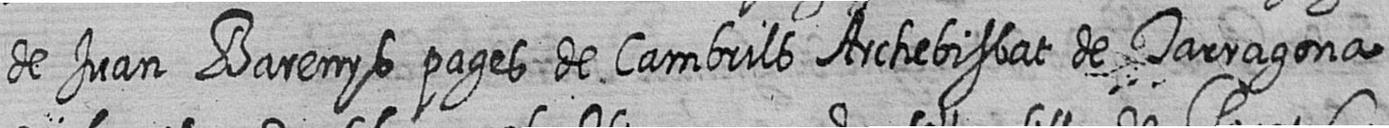
de Juan Barenys pages de Cambrils Archebisbat de Tarragona